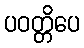
ပဝတ္တိပေ